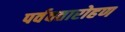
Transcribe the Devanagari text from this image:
पर्ववतारोहण